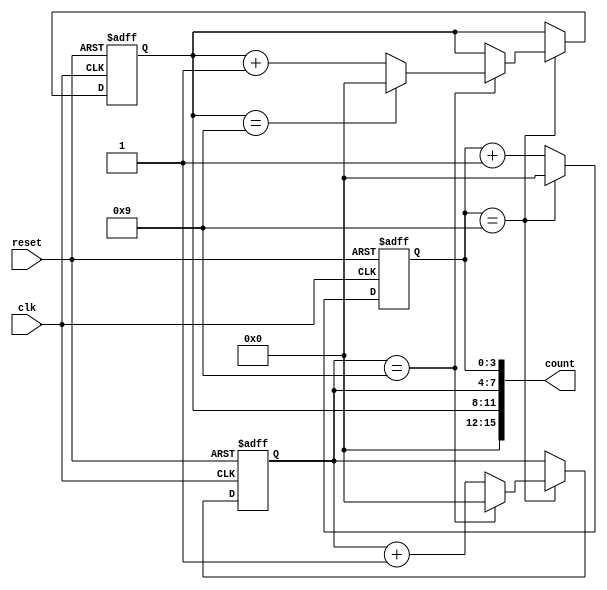
module cascaded_counter (
    input wire clk,
    input wire reset,
    output reg [15:0] count
);

reg [3:0] count1;
reg [3:0] count2;
reg [3:0] count3;

always @ (posedge clk or posedge reset) begin
    if (reset) begin
        count1 <= 4'b0000;
        count2 <= 4'b0000;
        count3 <= 4'b0000;
    end else begin
        if (count1 == 4'b1001) begin
            count1 <= 4'b0000;
            if (count2 == 4'b1001) begin
                count2 <= 4'b0000;
                if (count3 == 4'b1001) begin
                    count3 <= 4'b0000;
                end else begin
                    count3 <= count3 + 1;
                end
            end else begin
                count2 <= count2 + 1;
            end
        end else begin
            count1 <= count1 + 1;
        end
    end
end

assign count = {count3, count2, count1};

endmodule